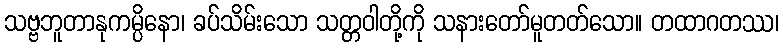
သဗ္ဗဘူတာနုကမ္ပိနော၊ ခပ်သိမ်းသော သတ္တဝါတို့ကို သနားတော်မူတတ်သော။ တထာဂတဿ၊